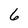
Character: 6